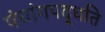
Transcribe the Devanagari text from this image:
पंचांगपद्धति